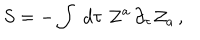
S = - \int \; d \tau \; { \cal Z } ^ { a } \, \partial _ { \tau } { \cal Z } _ { a } \, ,